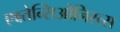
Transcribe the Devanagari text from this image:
एक्ष्तेन्सिओनिस्त्स